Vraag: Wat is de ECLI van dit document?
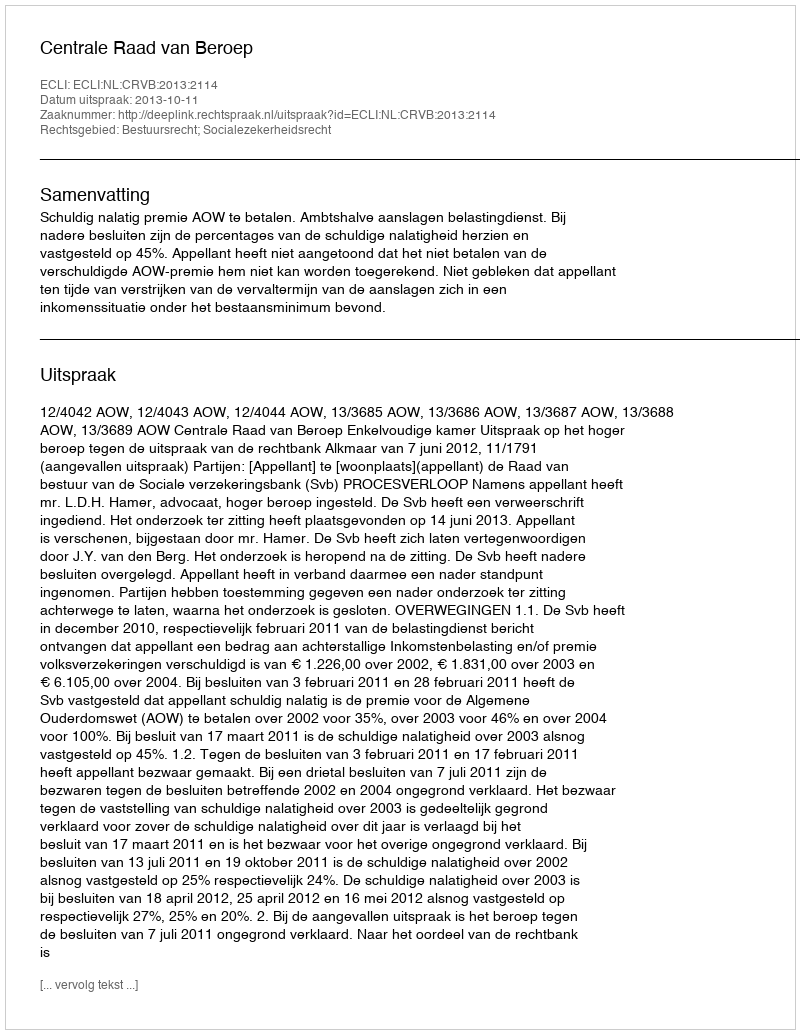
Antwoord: ECLI:NL:CRVB:2013:2114